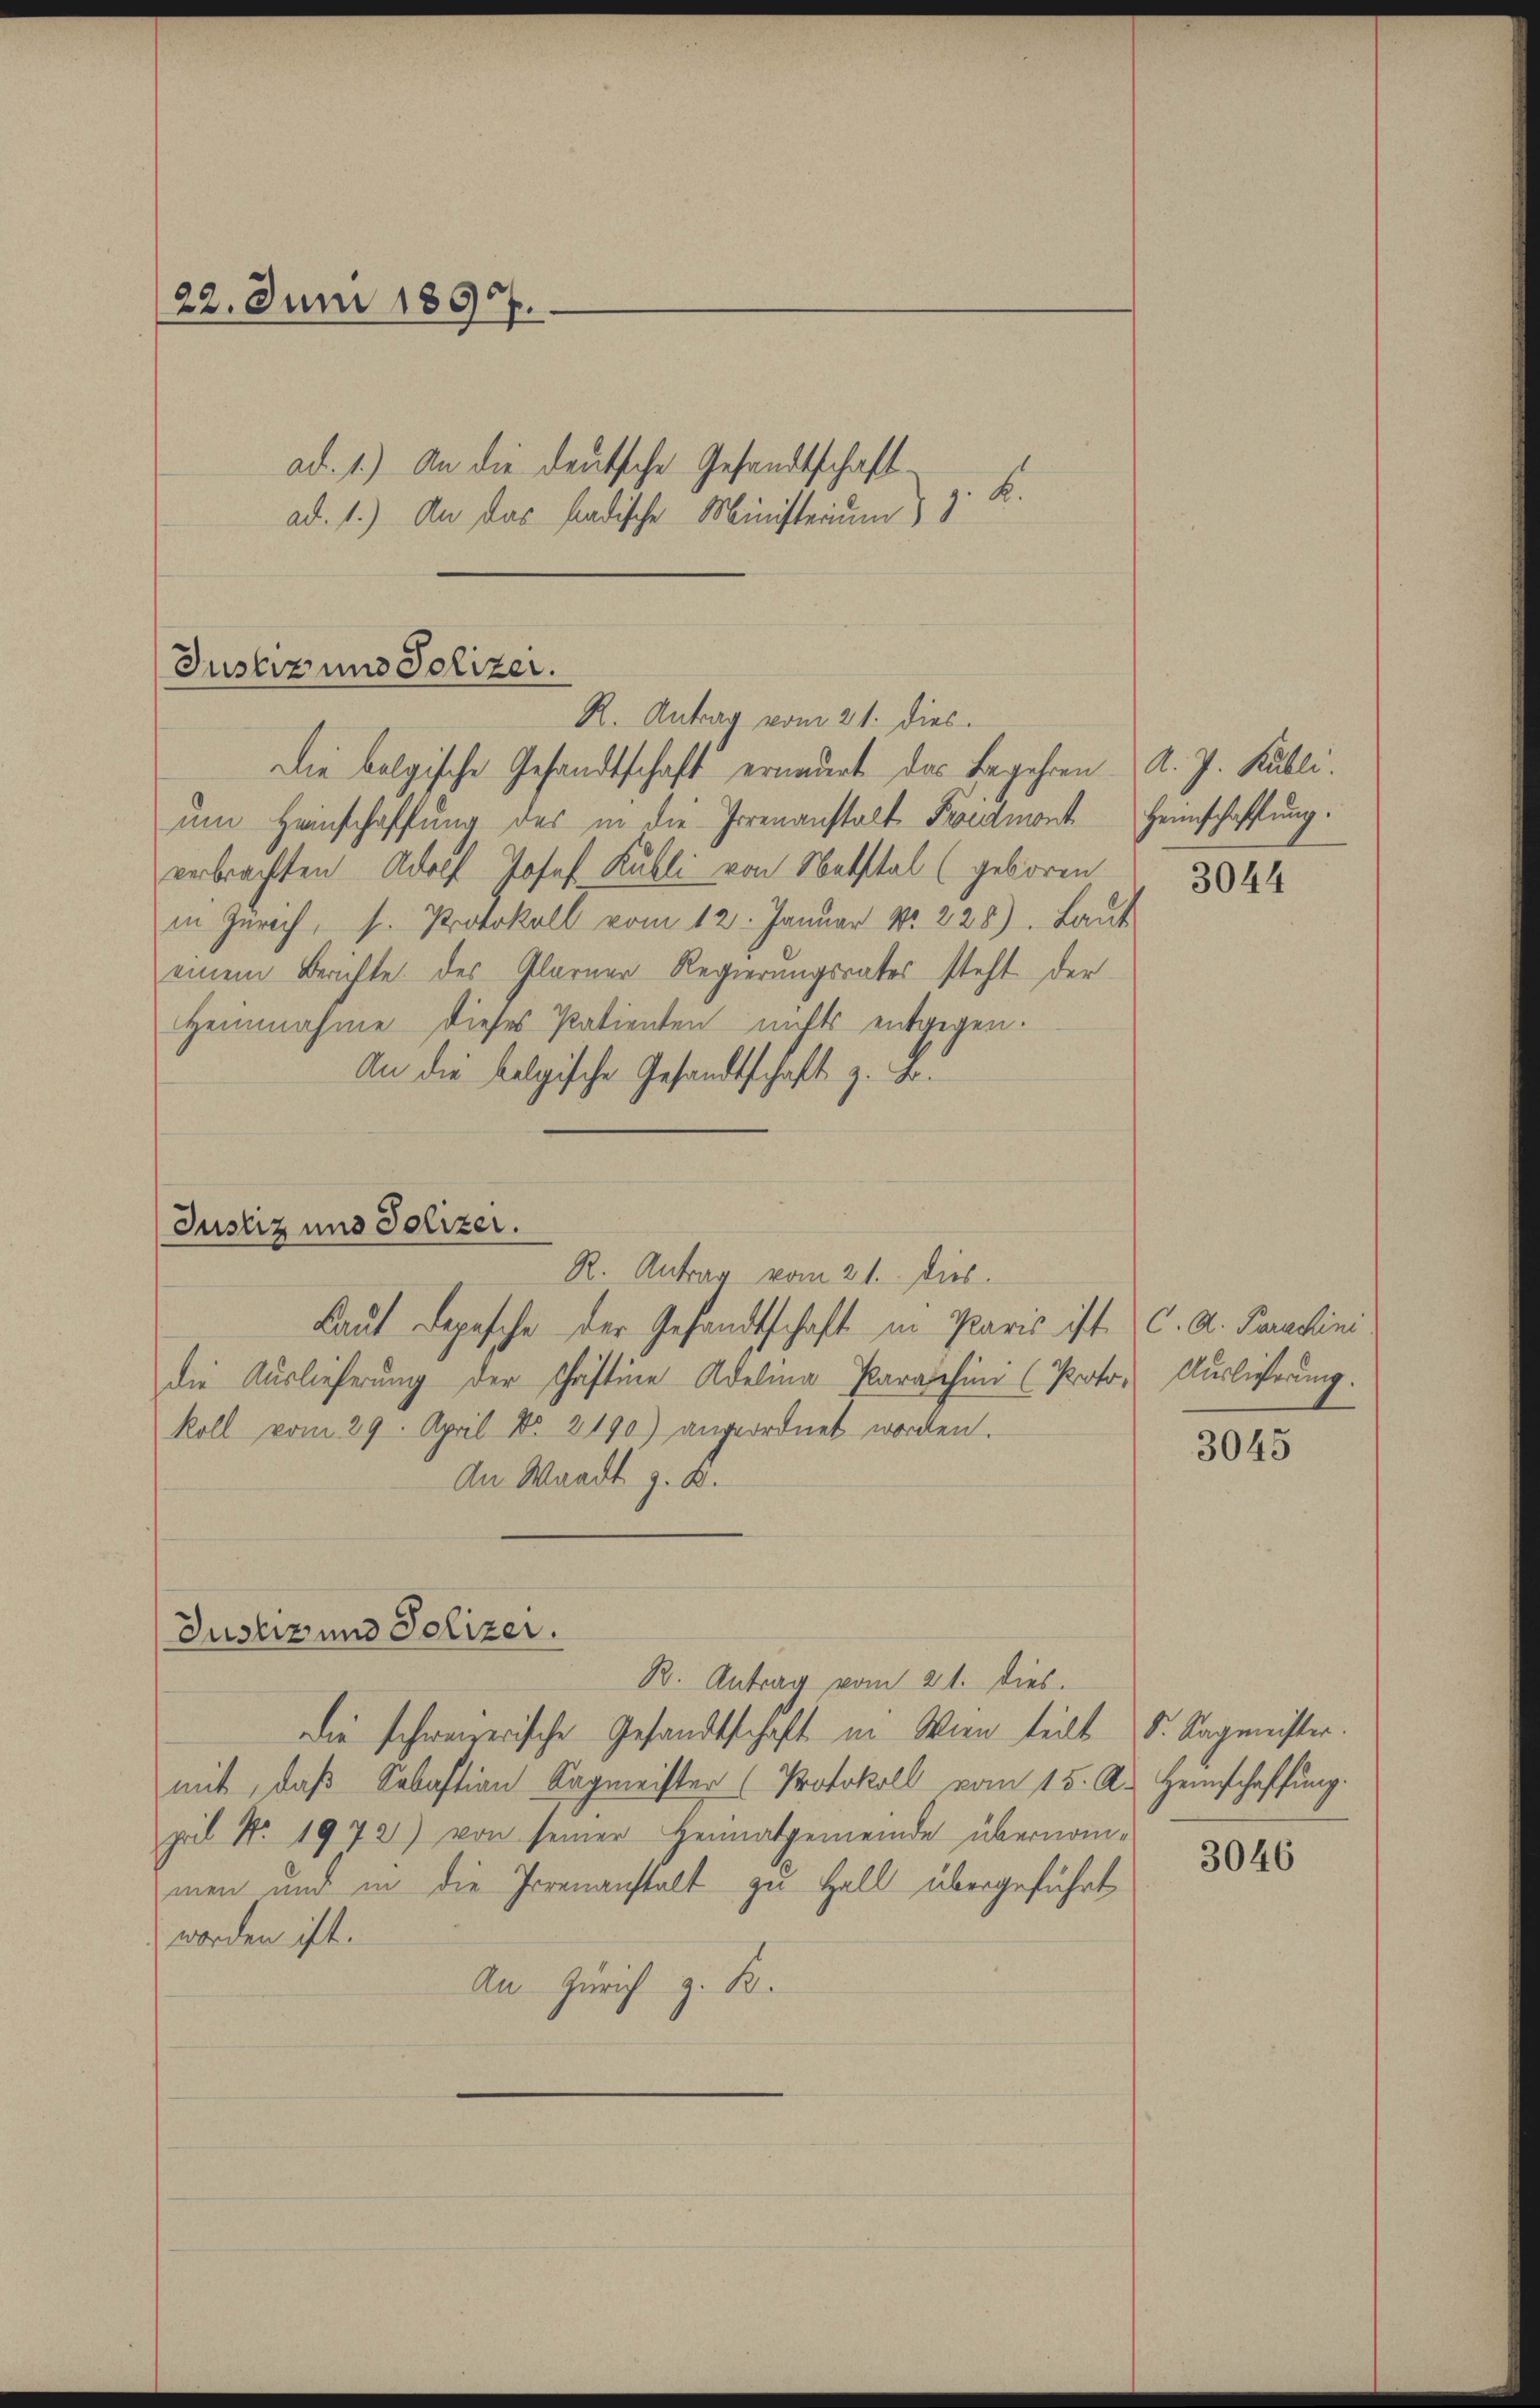
22. Juni 1897.

ad. 1.) An die deutsche Gesandtschaft
t
ad. 1.) An das badische Ministerium) z. B

Justiz uns Polizer.
R. Antrag vom 21. dies

Die belgische Gesandtschaft ernauert das Begehren A. J. Kubli
um Heinschaffung des in die Irrenanstalt Fredmont Heimschaffung.
verbrachten Adolf Josef Kubli von Notstal (geboren
in Zürich, s. Protokoll vom 12. Januar Nr. 228). Laŭt
einem Berichte des Glarner Regierungsrates steht der
Heimahme dieses Patienten nichts entgegen.
An die belgische Gesandtschaft z. Fr.

Justiz und Polizei.

R. Antrag vom 21. dies
Laut Depesche der Gesandtschaft in Paris ist. C. A. Paulini
die Auslieferŭng der Christine Adelina Paraschini (Proto- Auslieferung.
koll vom 29. April No 2190) angeordnet worden.
An Waadt z. B.

Justiz und Polizei.

3044

B. Antrag vom 21. dies.
Die schweizerische Gesandtschaft in Wien teilt d. Sagmeister.
mit, daß Sebastian Sagmeister (Protokoll vom 15. A. Heinschaffung.
peil Nr. 1972) von seiner Heimatgemeinde übernommen und in die Irrenanstalt zu Hall übergeführt
worden ist.
An Zürich z. B.

3045

3046